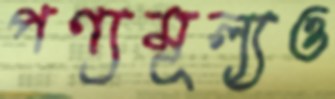
পণ্যমূল্যও